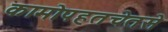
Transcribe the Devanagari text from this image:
कामोपहतचेतसे